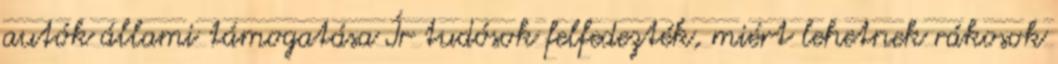
autók állami támogatása Ír tudósok felfedezték, miért lehetnek rákosok